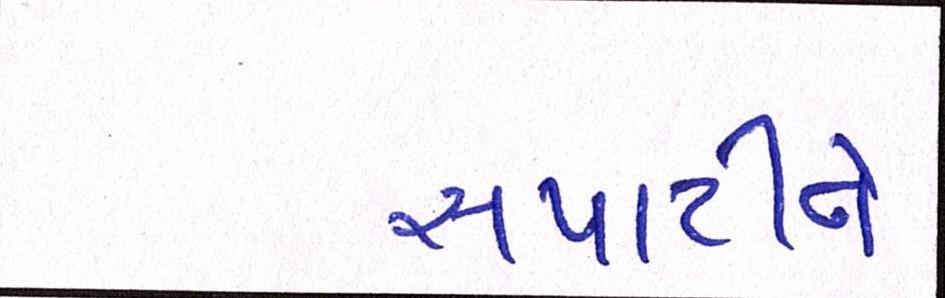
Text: સપાટીને